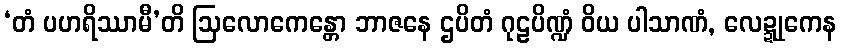
‘တံ ပဟရိဿာမီ’တိ ဩလောကေန္တော ဘာဇနေ ဌပိတံ ဂုဠပိဏ္ဍံ ဝိယ ပါသာဏံ, လေဍ္ဍုကေန